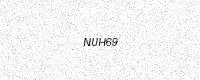
Text: NUH69